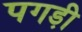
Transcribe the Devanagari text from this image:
पगडी़